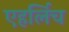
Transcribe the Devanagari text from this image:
एहर्लिच